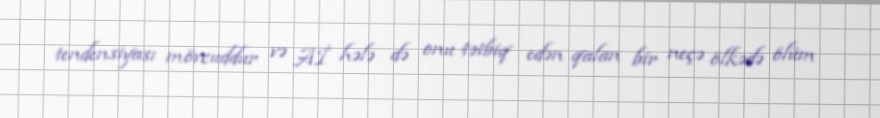
tendensiyası mövcuddur və Aİ hələ də onu tətbiq edən qalan bir neçə ölkədə ölüm